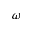
\omega